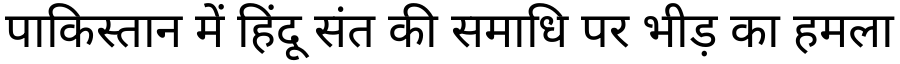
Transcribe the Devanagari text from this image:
पाकिस्तान में हिंदू संत की समाधि पर भीड़ का हमला